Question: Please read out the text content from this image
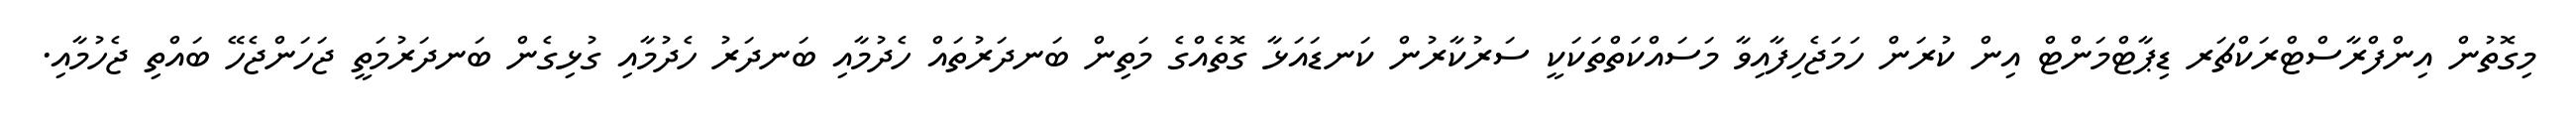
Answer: މިގޮތުން އިންފްރާސްޓްރަކްޗަރ ޑިޕާޓްމަންޓް އިން ކުރަން ހަމަޖެހިފާއިވާ މަސައްކަތްތަކަކީ ސަރުކާރުން ކަނޑައަޅާ ގޮތެއްގެ މަތިން ބަނދަރުތައް ހެދުމާއި ބަނދަރު ހެދުމާއި ގުޅިގެން ބަނދަރުމަތީ ޖަހަންޖެހޭ ބައްތި ޖެހުމާއި.